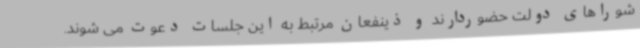
شوراهای دولت حضوردارند و ذینفعان مرتبط به این جلسات دعوت می شوند.